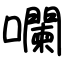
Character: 㘓